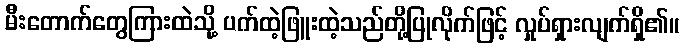
မီးတောက်တွေကြားထဲသို့ ပက်ထဲ့ဖြူးထဲ့သည်တို့ပြုလိုက်ဖြင့် လှုပ်ရှားလျက်ရှိ၏။